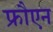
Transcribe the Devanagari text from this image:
फ्रौएन